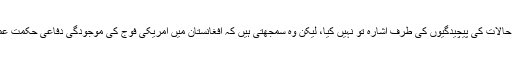
Washington Examinerنامی اخبار کے ساتھ منسلک ماہر ڈائیانا ویسٹ نے افغانستان کے اندرونی حالات کی پیچیدگیوں کی طرف اشارہ تو نہیں کیا، لیکن وہ سمجھتی ہیں کہ افغانستان میں امریکی فوج کی موجودگی دفاعی حکمت عملی کے لحاظ سے کارآمد ثابت نہیں ہو گی۔